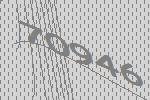
70946